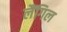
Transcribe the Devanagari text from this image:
लैंगिल